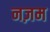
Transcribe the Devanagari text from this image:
नज़म